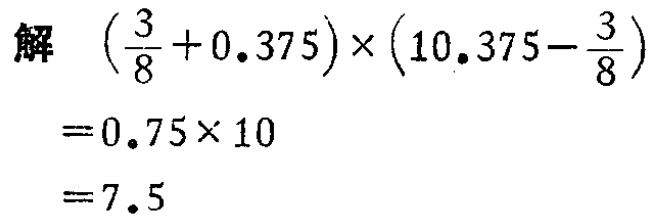
解 \(\left(\frac{3}{8}+0.375\right)\times\left(10.375 - \frac{3}{8}\right)\)

\(=0.75\times10\)

\(=7.5\)